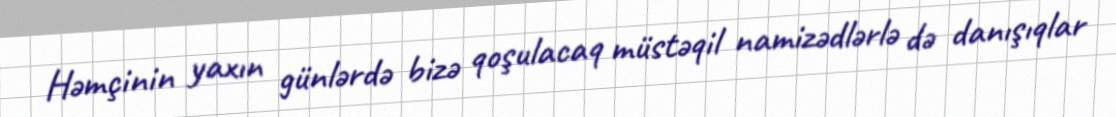
Həmçinin yaxın günlərdə bizə qoşulacaq müstəqil namizədlərlə də danışıqlar